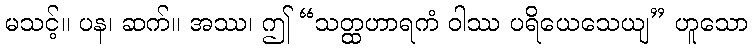
မသင့်။ ပန၊ ဆက်။ အဿ၊ ဤ “သတ္ထဟာရကံ ဝါဿ ပရိယေသေယျ” ဟူသော